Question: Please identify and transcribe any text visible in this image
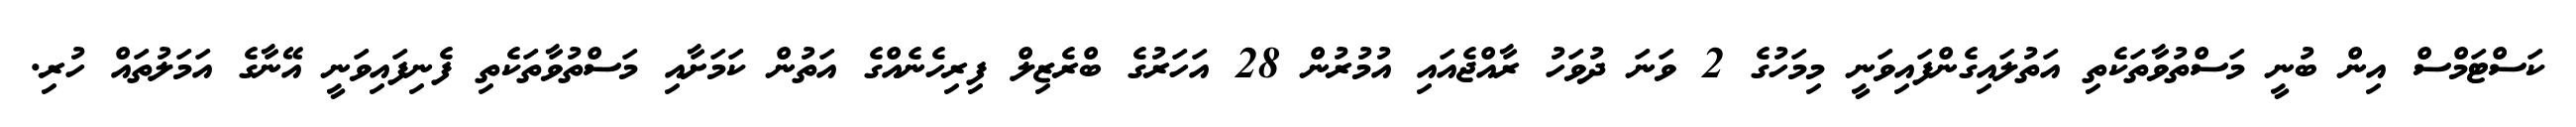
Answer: ކަސްޓަމްސް އިން ބުނީ މަސްތުވާތަކެތި އަތުލައިގެންފައިވަނީ މިމަހުގެ 2 ވަނަ ދުވަހު ރާއްޖެއައި އުމުރުން 28 އަހަރުގެ ބްރެޒިލް ފިރިހެނެއްގެ އަތުން ކަމަށާއި މަސްތުވާތަކެތި ފެނިފައިވަނީ އޭނާގެ އަމަލުތައް ހުރި.